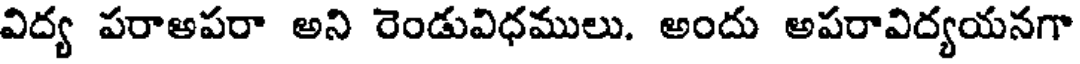
విద్య పరాఅపరా అని రెండువిధములు. అందు అపరావిద్యయనగా